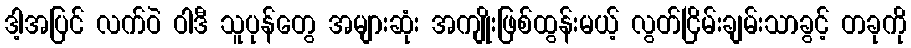
ဒါ့အပြင် လက်ဝဲ ဝါဒီ သူပုန်တွေ အများဆုံး အကျိုးဖြစ်ထွန်းမယ့် လွတ်ငြိမ်းချမ်းသာခွင့် တခုကို